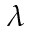
\lambda